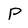
Character: P